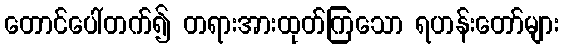
တောင်ပေါ်တက်၍ တရားအားထုတ်ကြသော ရဟန်းတော်များ